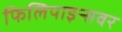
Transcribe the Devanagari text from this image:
फिलिपाइन्सवर